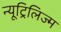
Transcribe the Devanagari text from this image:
न्यूट्रिलिज्म